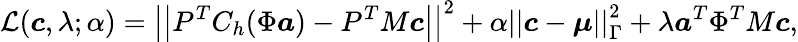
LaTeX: \mathcal{L}(\boldsymbol{c},\lambda;\alpha)=\left|\left|P^{T}C_{h}(\Phi\boldsymbol{a})-P^{T}M\boldsymbol{c}\right|\right|^{2}+\alpha\left|\left|\boldsymbol{c}-\boldsymbol{\mu}\right|\right|_{\Gamma}^{2}+\lambda\boldsymbol{a}^{T}\Phi^{T}M\boldsymbol{c},